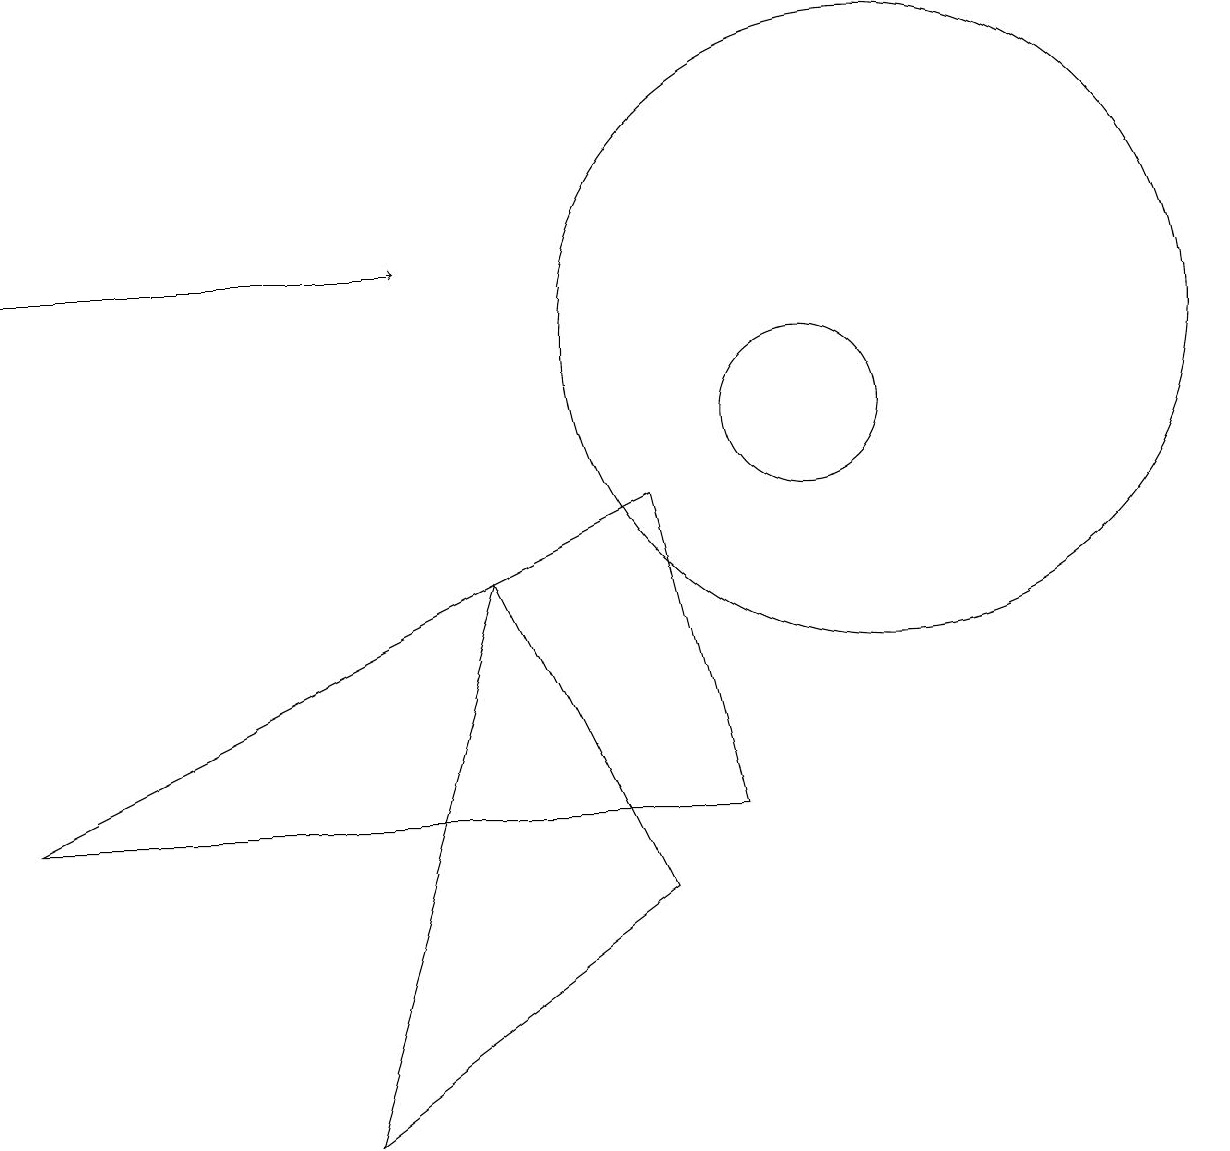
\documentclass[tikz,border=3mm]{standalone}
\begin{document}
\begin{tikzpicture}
\draw (8,4) -- (4,1) -- (6,8) -- cycle;
\draw (8,9) -- (9,5) -- (0,5) -- cycle;
\draw[->] (0,12) -- (5,12);
\draw (10,10) circle (1);
\draw (11,11) circle (4);
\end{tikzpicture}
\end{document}